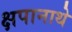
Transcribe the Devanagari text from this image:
क्षपानाथे